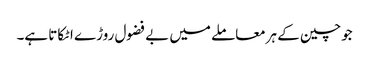
جوچین کے ہرمعاملے میں بے فضول روڑے اٹکاتا ہے۔